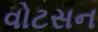
વોટસન